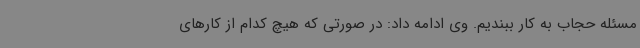
مسئله حجاب به کار ببندیم. وی ادامه داد: در صورتی که هیچ کدام از کارهای